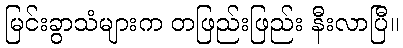
မြင်းခွာသံများက တဖြည်းဖြည်း နီးလာပြီ။